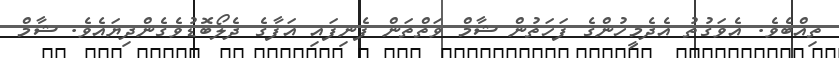
ތިއްބެވެ. އެވަގުތު އެދެމީހުންގެ ފަހަތުން ޝާމް ވަތްތަން ފެނިފައި އަފާގެ ދެލޯބޮޑުވެގެންދިޔައެވެ. ޝާމް